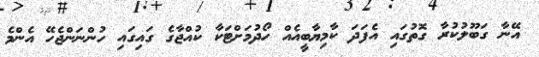
އޭނާ ގަބޫލުކުރާ ގޮތުގައި އެފަދަ ކާމިޔާބީއެއް ހޯދުމަށްޓަކާ ކުއްޖާގެ ގައިގައި ހުންނަންޖެހޭ އެންމެ